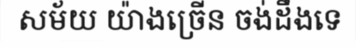
សម័យ យ៉ាងច្រើន ចង់ដឹងទេ